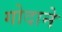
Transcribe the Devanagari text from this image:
गोदाने